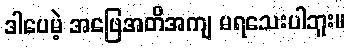
ဒါပေမဲ့ အဖြေအတိအကျ မရသေးပါဘူး။